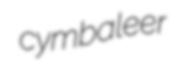
cymbaleer